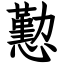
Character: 懃